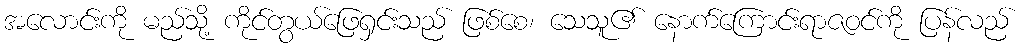
အလောင်းကို မည်သို့ ကိုင်တွယ်ဖြေရှင်းသည် ဖြစ်စေ၊ သေသူ၏ နောက်ကြောင်းရာဇဝင်ကို ပြန်လည်